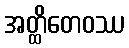
အတ္ထိတေဝဿ